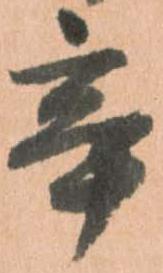
辛